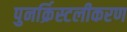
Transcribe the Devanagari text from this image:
पुनर्क्रिस्टलीकरण